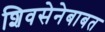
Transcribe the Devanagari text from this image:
शिवसेनेबाबत